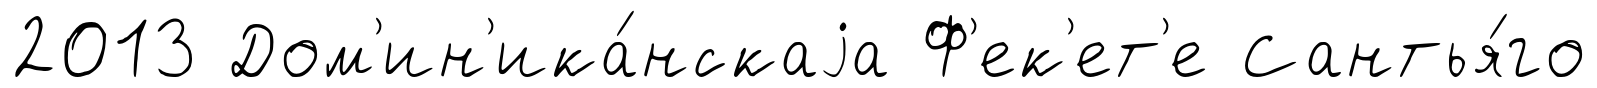
2013 Дом'ин'ика́нскаjа Ф'ек'ет'е Сантья́го